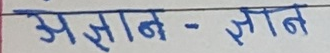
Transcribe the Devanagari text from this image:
अज्ञान - ज्ञान